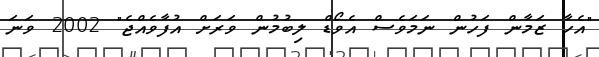
"އެހާ ޒަމާން ފަހުން ނަމަވެސް އެވޯޑް ލިބުމުން ވަރަށް އުފާވެއްޖެ" 2002 ވަނަ